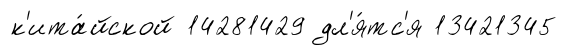
к'ита́йской 14281429 дл'я́тс'я 13421345